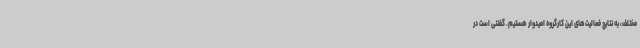
مختلف، به نتایج فعالیت‌های این کارگروه امیدوار هستیم. گفتنی است در